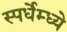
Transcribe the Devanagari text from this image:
स्पर्धेम्ध्ये